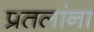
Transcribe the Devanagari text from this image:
प्रतलांना